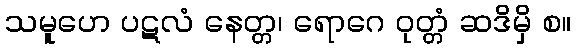
သမူဟေ ပဋလံ နေတ္တ၊ ရောဂေ ဝုတ္တံ ဆဒိမှိ စ။